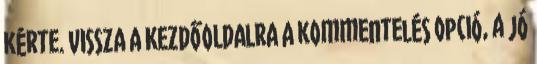
kérte. VISSZA A KEZDŐOLDALRA A kommentelés opció, a jó